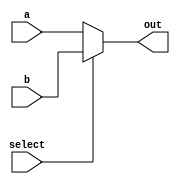
`timescale 1ns / 1ps

module mux#(
    parameter width = 16
    )(
    input  wire select,
    
    input  wire [width - 1 : 0] a,
    input  wire [width - 1 : 0] b,
    
    output wire [width - 1 : 0] out    
    );

assign out = select? b : a;

endmodule